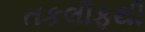
તકલીફથી